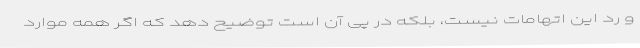
و رد این اتهامات نیست، بلکه در پی آن است توضیح دهد که اگر همه موارد